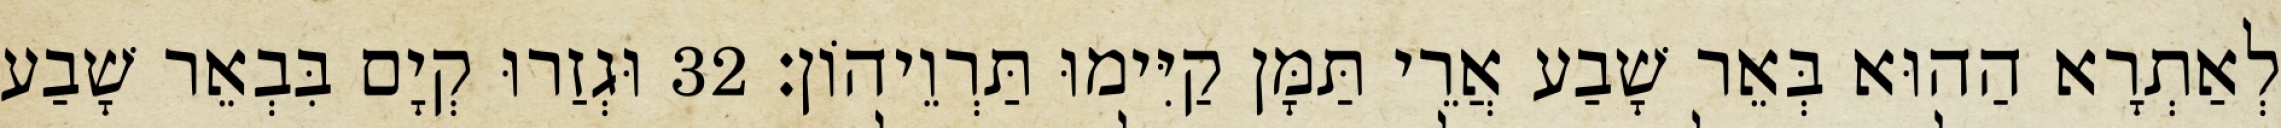
לְאַתְרָא הַהוּא בְּאֵר שָׁבַע אֲרֵי תַּמָּן קַיִּימוּ תַּרְוֵיהוֹן׃ 32 וּגְזַרוּ קְיָם בִּבְאֵר שָׁבַע